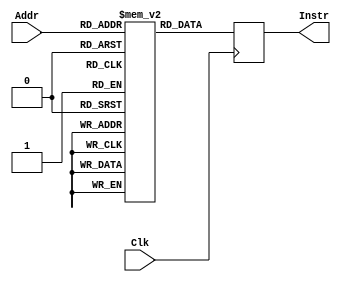
module InstrROM(input [4:0]Addr,
                input Clk,
                output reg [31:0]Instr);
    parameter n = 5;
    reg [31:0]RAM[31:0];
    always@ (posedge Clk)
        Instr <= RAM[Addr];
endmodule